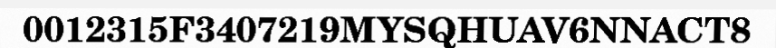
0012315F3407219MYSQHUAV6NNACT8